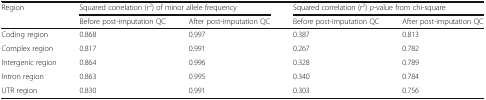
| <ROWSPAN=2> Region | <COLSPAN=2> Squared correlation (r2) of minor allele frequency | <COLSPAN=2> Squared correlation (r2) p-value from chi-square |
 | Before post-imputation QC | After post-imputation QC | Before post-imputation QC | After post-imputation QC |
 | --- | --- | --- | --- | --- |
 | Coding region | 0.868 | 0.997 | 0.387 | 0.813 |
 | Complex region | 0.817 | 0.991 | 0.267 | 0.782 |
 | Intergenic region | 0.864 | 0.996 | 0.328 | 0.789 |
 | Intron region | 0.863 | 0.995 | 0.340 | 0.784 |
 | UTR region | 0.830 | 0.991 | 0.303 | 0.756 |